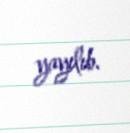
yayılıb.